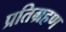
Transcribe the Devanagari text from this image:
प्रतिग्रहण